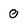
Character: 0